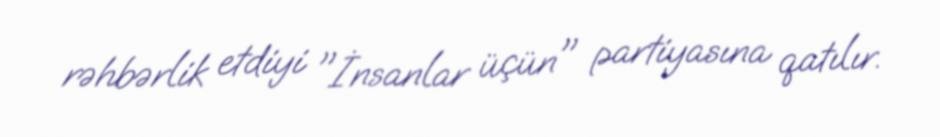
rəhbərlik etdiyi "İnsanlar üçün" partiyasına qatılır.